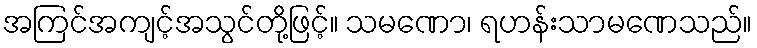
အကြင်အကျင့်အသွင်တို့ဖြင့်။ သမဏော၊ ရဟန်းသာမဏေသည်။